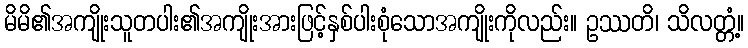
မိမိ၏အကျိုးသူတပါး၏အကျိုးအားဖြင့်နှစ်ပါးစုံသောအကျိုးကိုလည်း။ ဥဿတိ၊ သိလတ္တံ့။